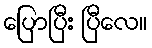
ပြောပြီး ပြီလေ။